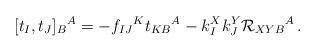
LaTeX: \begin{align*}[t_I,t_J]_B{}^A=-f_{IJ}{}^Kt_{KB}{}^A-k^X_Ik^Y_J{\cal R}_{XYB}{}^A\,.\end{align*}